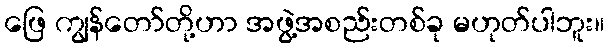
ဖြေ ကျွန်တော်တို့ဟာ အဖွဲ့အစည်းတစ်ခု မဟုတ်ပါဘူး။